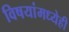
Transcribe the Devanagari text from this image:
विषयांमध्येही